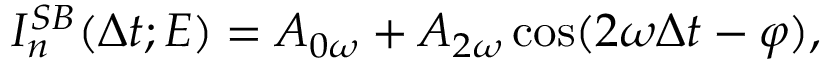
I _ { n } ^ { S B } ( \Delta t ; E ) = A _ { 0 \omega } + A _ { 2 \omega } \cos ( 2 \omega \Delta t - \varphi ) ,